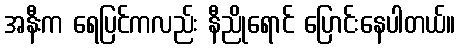
အနီးက ရေပြင်ကလည်း နီညိုရောင် ပြောင်းနေပါတယ်။